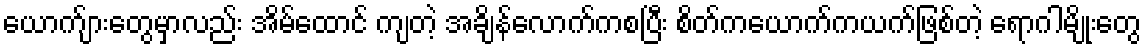
ယောက်ျားတွေမှာလည်း အိမ်ထောင် ကျတဲ့ အချိန်လောက်ကစပြီး စိတ်ကယောက်ကယက်ဖြစ်တဲ့ ရောဂါမျိုးတွေ